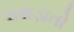
લથડાતો